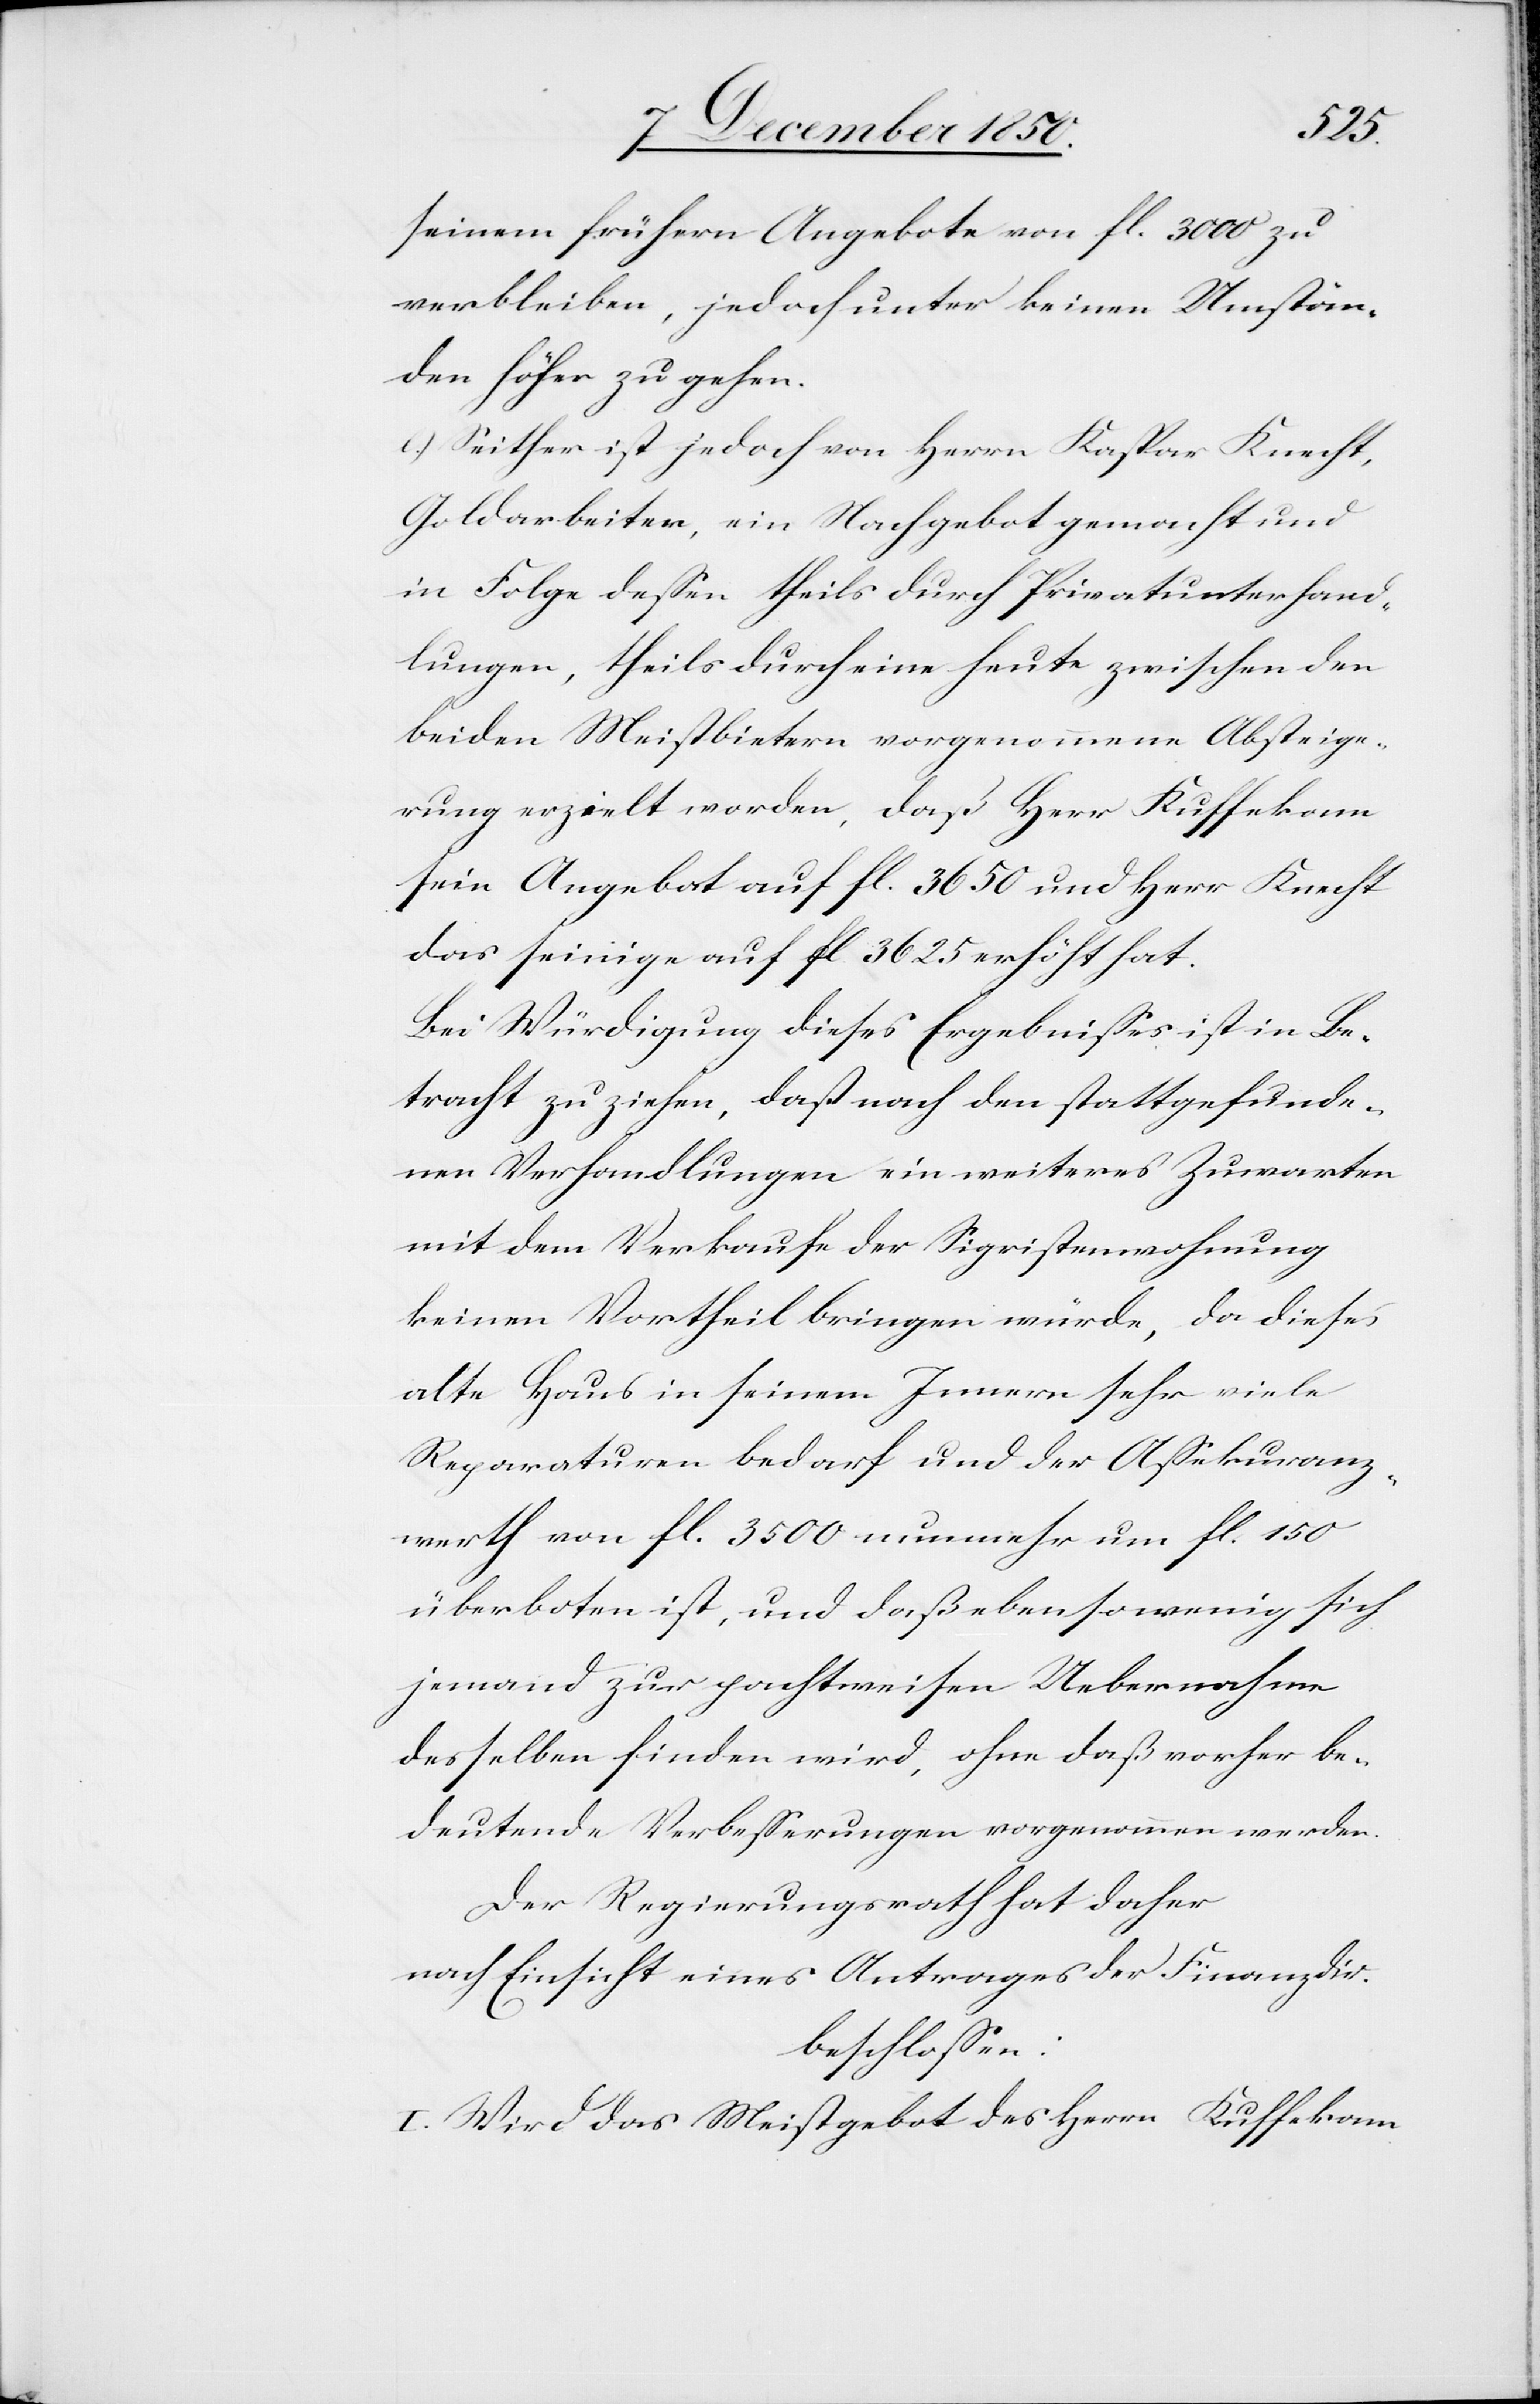
seinem frühern Angebote von fl. 3000 zu
verbleiben, jedoch unter keinen Umstän¬
den höher zu gehen.
e.) Seither ist jedoch von Herrn Kaspar Knecht,
Goldarbeiter, ein Nachgebot gemacht und
in Folge dessen theils durch Privatunterhand¬
lungen, theils durch eine heute zwischen den
beiden Meistbietern vorgenommene Absteige¬
rung erzielt worden, daß Herr Kuffekam
sein Angebot auf fl. 3650 und Herr Knecht
das seinige auf fl. 3625 erhöht hat.
Bei Würdigung dieses Ergebnisses ist in Be¬
tracht zu ziehen, daß nach den stattgefunde¬
nen Verhandlungen ein weiteres Zuwarten
mit dem Verkauf der Sigristenwohnung
keinen Vortheil bringen würde, da dieses
alte Haus in seinem Innern sehr viele
Reparaturen bedarf und der Assekuranz¬
werth von fl. 3500 nunmehr um fl. 150
überboten ist, und daß eben so wenig sich
jemand zur pachtweisen Uebernahme
desselben finden wird, ohne daß vorher be¬
deutende Verbesserungen vorgenommen werden.
Der Regierungsrath hat daher
nach Einsicht eines Antrages der Finanzdir.
beschlossen:
I. Wird das Meistgebot des Herrn Kuffekam